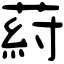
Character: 葤